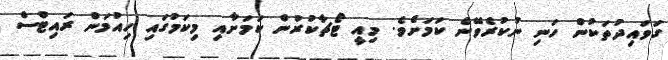
ގަވައިދުތަކުން ހަނި ނުކުރެވޭނެ ކަމަށެވެ. މިއީ ޓޯޗާކުރުން ކަމަށާއި މިިކަމުގައި ހިއުމަން ރައިޓްސް